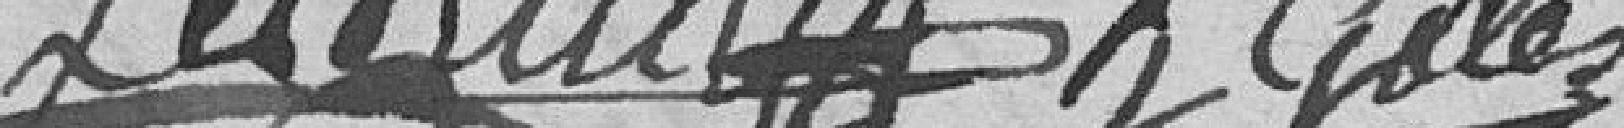
Galez